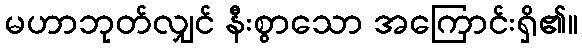
မဟာဘုတ်လျှင် နီးစွာသော အကြောင်းရှိ၏။